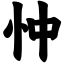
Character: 忡